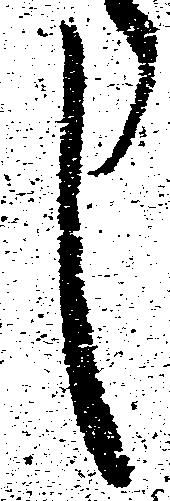
し